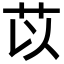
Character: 苡